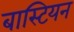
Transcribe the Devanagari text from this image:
बास्टियन